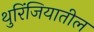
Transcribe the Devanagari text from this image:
थुरिंजियातील